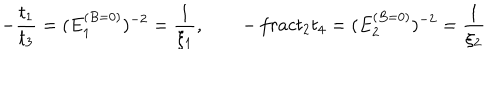
- { \frac { t _ { 1 } } { t _ { 3 } } } = ( E _ { 1 } ^ { ( B = 0 ) } ) ^ { - 2 } = { \frac { 1 } { \xi _ { 1 } } } , \qquad - { \, \frac { t _ { 2 } } { t _ { 4 } } } = ( E _ { 2 } ^ { ( B = 0 ) } ) ^ { - 2 } = { \frac { 1 } { \xi _ { 2 } } }